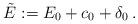
LaTeX: \begin{align*}\tilde{E}:=E_0+c_{0}+\delta_0\,.\end{align*}